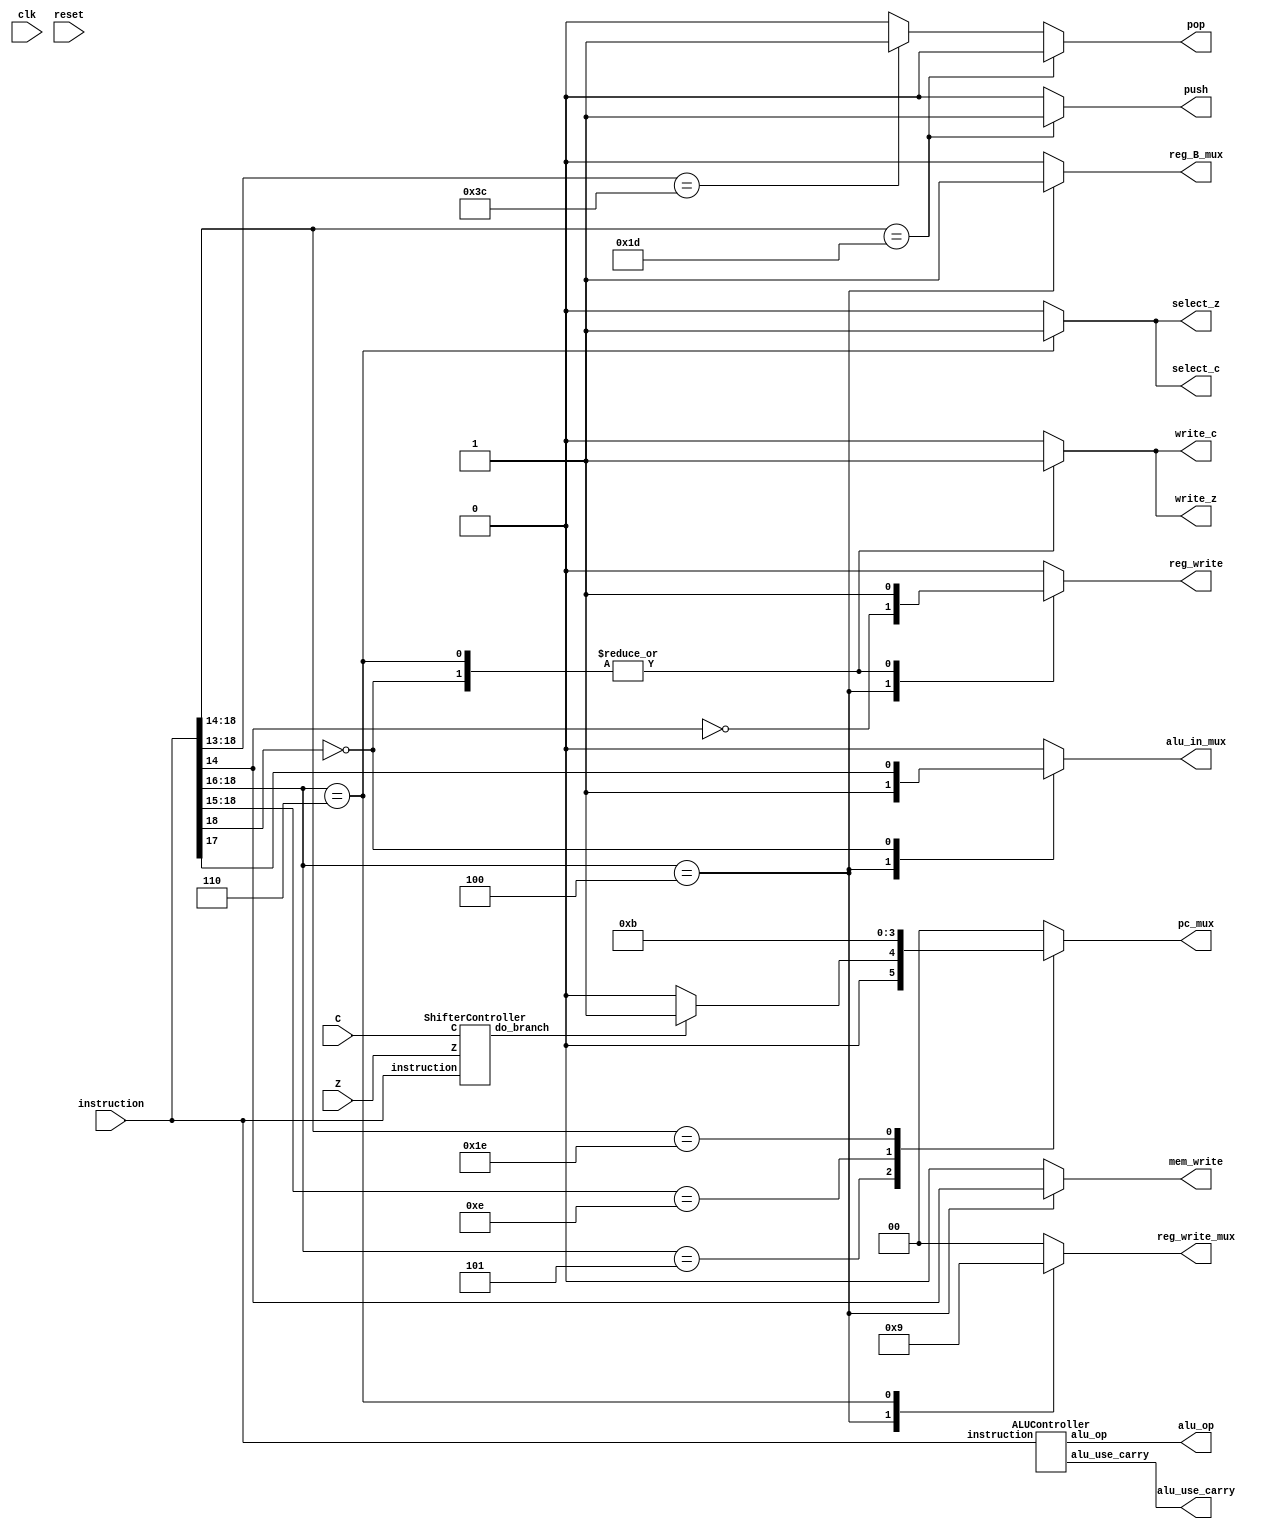
//comment help :  [/ASM Command]
//@TODO change = to <= (non-blocking)
//select_(c,z) : mux to select which input connects to C/Z FF
module Controller(input clk, reset, C, Z, input [18:0] instruction, output reg mem_write, reg_write, push, pop, output alu_use_carry, output [2:0] alu_op, output reg [1:0] pc_mux, reg_write_mux, output reg alu_in_mux,reg_B_mux, select_c, select_z, write_c, write_z);
	//ALU
	ALUController alu_cntrl(instruction, alu_use_carry, alu_op);//in ha ro wire gereftam ke rahat betoonam be in yeki module pas bedameshoon
	//Shifter
	wire do_branch;
	ShifterController shift_cntrl(instruction, C, Z, do_branch);
	//Others
	always@(instruction, C,Z, do_branch) begin
		$display("instruction T-%t %b", $time, instruction);
		{pc_mux, reg_write_mux, alu_in_mux,reg_B_mux, select_c, select_z, write_c, write_z} = 0;
		{mem_write, reg_write, push, pop} = 0;
		casex(instruction[18:16])
			3'b100:	begin //memory
				mem_write = instruction[14];//on [/STM]
				reg_write = ~instruction[14];//on [/LDM]
				reg_B_mux = 1'b1;
				alu_in_mux = 1'b1;
				reg_write_mux = 2'b10;
			end
			3'b0??: begin //Arithmetic
				reg_write = 1'b1;
				reg_B_mux = 1'b0;
				alu_in_mux = instruction[17]; //immediate or register
				reg_write_mux = 2'b0;
				{select_c, select_z} = 2'b00;
				{write_c, write_z}   = 2'b11;
			end
			3'b110:begin //Shift
				reg_write = 1'b1;
				reg_write_mux = 2'b01;
				{select_c, select_z} = 2'b11;
				{write_c, write_z}   = 2'b11;
			end
		endcase
		
		//stack
		if(instruction[18:14] == 5'b11101)//[/JSB]
			push = 1'b1;
		else if(instruction[18:13] == 6'b111100)
			pop = 1'b1;
		
		//PC
		casex(instruction[18:14])
			5'b101??:begin //Branch
				if(do_branch)//if Branch controller confirms a branch operation
					pc_mux = 2'b01;
				else pc_mux = 2'b00;
			end
			5'b1110?: pc_mux = 2'b10;//[/JMP], [/JSB]
			5'b11110: pc_mux = 2'b11;//[/RET]
			default : pc_mux = 2'b00;//default
		endcase
	end
endmodule

module ShifterController(input [18:0] instruction,input C,Z, output reg do_branch);
	always@(instruction, C,Z)
		if(instruction[18:16] == 3'b101)
			if(instruction[15] == 1'b0)			
				 do_branch = instruction[14] ? ~Z : Z;
			else do_branch = instruction[14] ? ~C : C;
endmodule
	
module ALUController(input [18:0] instruction,output reg alu_use_carry, output reg [2:0] alu_op);
	always@(instruction) begin
		{alu_use_carry, alu_op} = 0;
		//? == don't care
		casex(instruction[18:16])//operation
			3'b00?:begin //Arithmetic
				alu_op = instruction[16:14];
				alu_use_carry  =instruction[14];
			end
			3'b01?:begin //Arithmetic immediate
				alu_op = instruction[16:14];
				alu_use_carry = instruction[14];
			end
			3'b110: begin //[add] base address + offset 
				alu_op = 3'b000;
				alu_use_carry = 1'b0;
			end
		endcase
	end
endmodule

module test_controller();
	reg C, Z, clk = 1'b0, reset = 1'b0;
	reg [18:0] instruction;
	wire mem_write, reg_write, push, pop, alu_use_carry;
	wire [2:0] alu_op;
	wire [1:0] pc_mux, reg_write_mux;
	wire alu_in_mux,reg_B_mux, select_c, select_z, write_c, write_z;
	
	Controller cntrl(clk, reset, C, Z, instruction,
					mem_write, reg_write, push, pop, alu_use_carry,
					alu_op, pc_mux, 
					reg_write_mux, alu_in_mux,reg_B_mux,
					select_c, select_z, write_c, write_z);
	initial repeat(10) #5 clk = ~clk;
	initial begin
		instruction = 19'b0100000100000001010; C = 1'b0; Z = 1'b0;
		#10 instruction = 19'b0100001000000000101; 
		#10 instruction = 19'b0000001100101000000;
		#10 $stop;
	end
	
endmodule